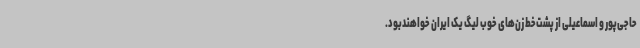
حاجی‌پور و اسماعیلی از پشت‌خط زن‌های خوب لیگ یک ایران خواهندبود.